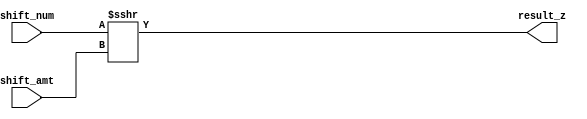
module shra_op (input wire [31:0] shift_num, shift_amt, output wire [31:0] result_z);
	
	assign result_z = ($signed(shift_num) >>> shift_amt);
	
endmodule